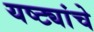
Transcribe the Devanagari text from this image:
यष्ट्यांचे